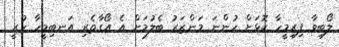
ލޯބިވާ ފިރިމީހާ ކޮޅަށް ހުންނަ މަންޒަރު ބެލުމަށް އެ އޯގާތެރި އަނބިމީހާ ހުރީ